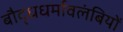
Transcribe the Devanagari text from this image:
बौद्धधर्मावलंबियों